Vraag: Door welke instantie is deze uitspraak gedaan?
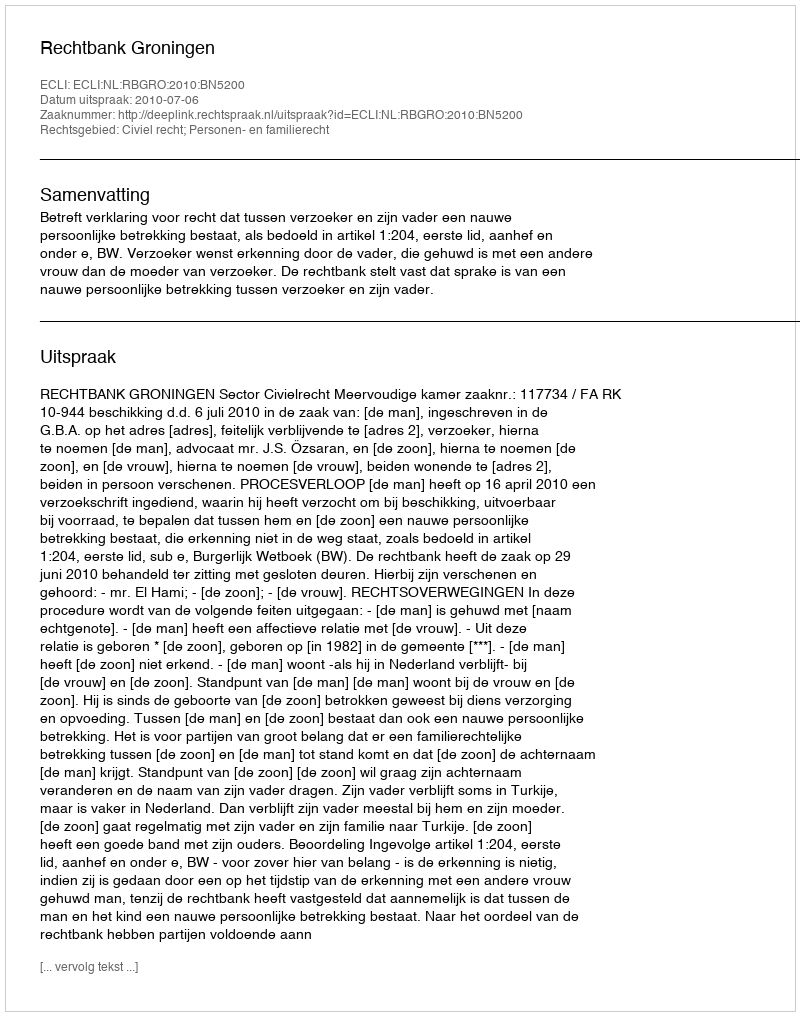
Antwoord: Rechtbank Groningen